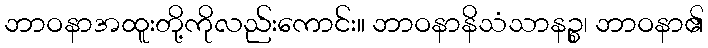
ဘာဝနာအထူးတို့ကိုလည်းကောင်း။ ဘာဝနာနိသံသာနဉ္စ၊ ဘာဝနာ၏